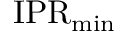
\mathrm { I P R } _ { \operatorname* { m i n } }